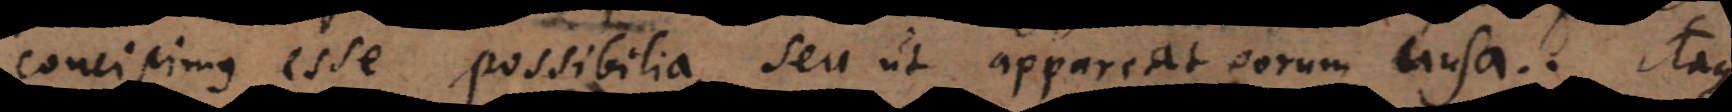
concipimus esse possibilia, seu ut appareat eorum causa. Itaque